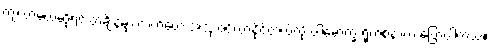
ကျလာမယ်ဆိုရင် တချိန်မှာ လက်တွေ့ အသုံးဝင်လာနိုင်တယ်လို့ ပါမောက္ခ ရိုက်စနာက ပြောပါတယ်။